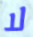
لا